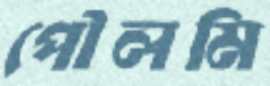
পৌলমি